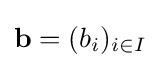
\mathbf {b} =(b_{i})_{i\in I}